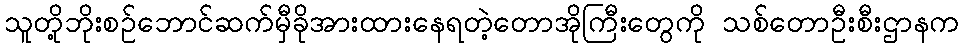
သူတို့ဘိုးစဉ်ဘောင်ဆက်မှီခိုအားထားနေရတဲ့တောအိုကြီးတွေကို သစ်တောဦးစီးဌာနက